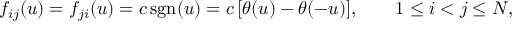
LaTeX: f _ { i j } ( u ) = f _ { j i } ( u ) = c \, \mathrm { s g n } ( u ) = c \, [ \theta ( u ) - \theta ( - u ) ] , \qquad 1 \le i < j \le N ,